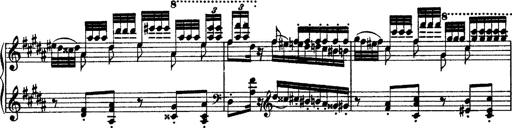
Title: Grandes Ã©tudes de Paganini
Composer: Franz Liszt